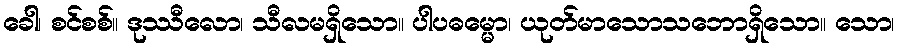
ခေါ၊ စင်စစ်။ ဒုဿီလော၊ သီလမရှိသော။ ပါပဓမ္မော၊ ယုတ်မာသောသဘောရှိသော။ သော၊